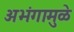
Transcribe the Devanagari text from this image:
अभंगामुळे